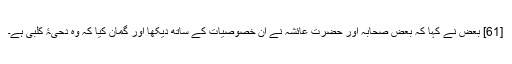
[61] بعض نے کہا کہ بعض صحابہ اور حضرت عائشہ نے ان خصوصیات کے ساتھ دیکھا اور گمان کیا کہ وہ دحیۂ کلبی ہے۔